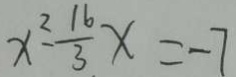
x ^ { 2 } - \frac { 1 6 } { 3 } x = - 7